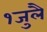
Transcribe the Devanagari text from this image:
१जुलै